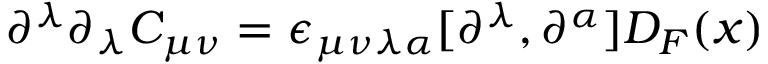
\partial ^ { \lambda } \partial _ { \lambda } C _ { \mu \nu } = \epsilon _ { \mu \nu \lambda \alpha } [ \partial ^ { \lambda } , \partial ^ { \alpha } ] D _ { F } ( x )